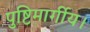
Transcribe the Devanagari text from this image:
पुष्टिमार्गीय।